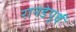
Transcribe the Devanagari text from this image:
रानडेपूर्व